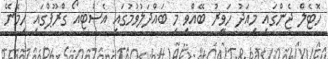
ހޮޓެލް ޖެންގައި މިއަދު ހަވީރު ބޭއްވި މި ބައްދަލުވުމުގައި އެސްޓީއޯ ގްރޫޕްގައި ހިމެނޭ